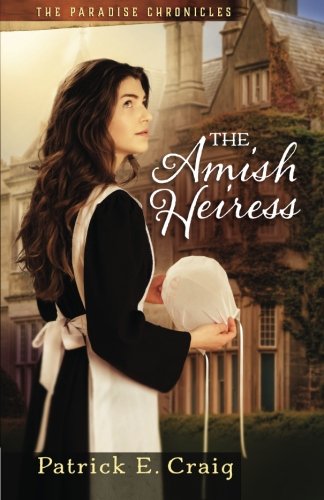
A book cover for The Amish Heiress (The Paradise Chronicles) (Volume 1); Patrick E. Craig; Christian Books & Bibles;